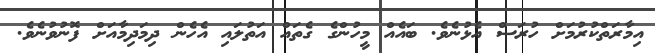
އިމާރަތްކުރުމަށް ހުރަސް އެޅުނެވެ. ބައެއް މީހުންގެ ގެތައް އަތުލައި އެހެން ދިމަދިމާއަށް ފޮނުވުނެވެ.